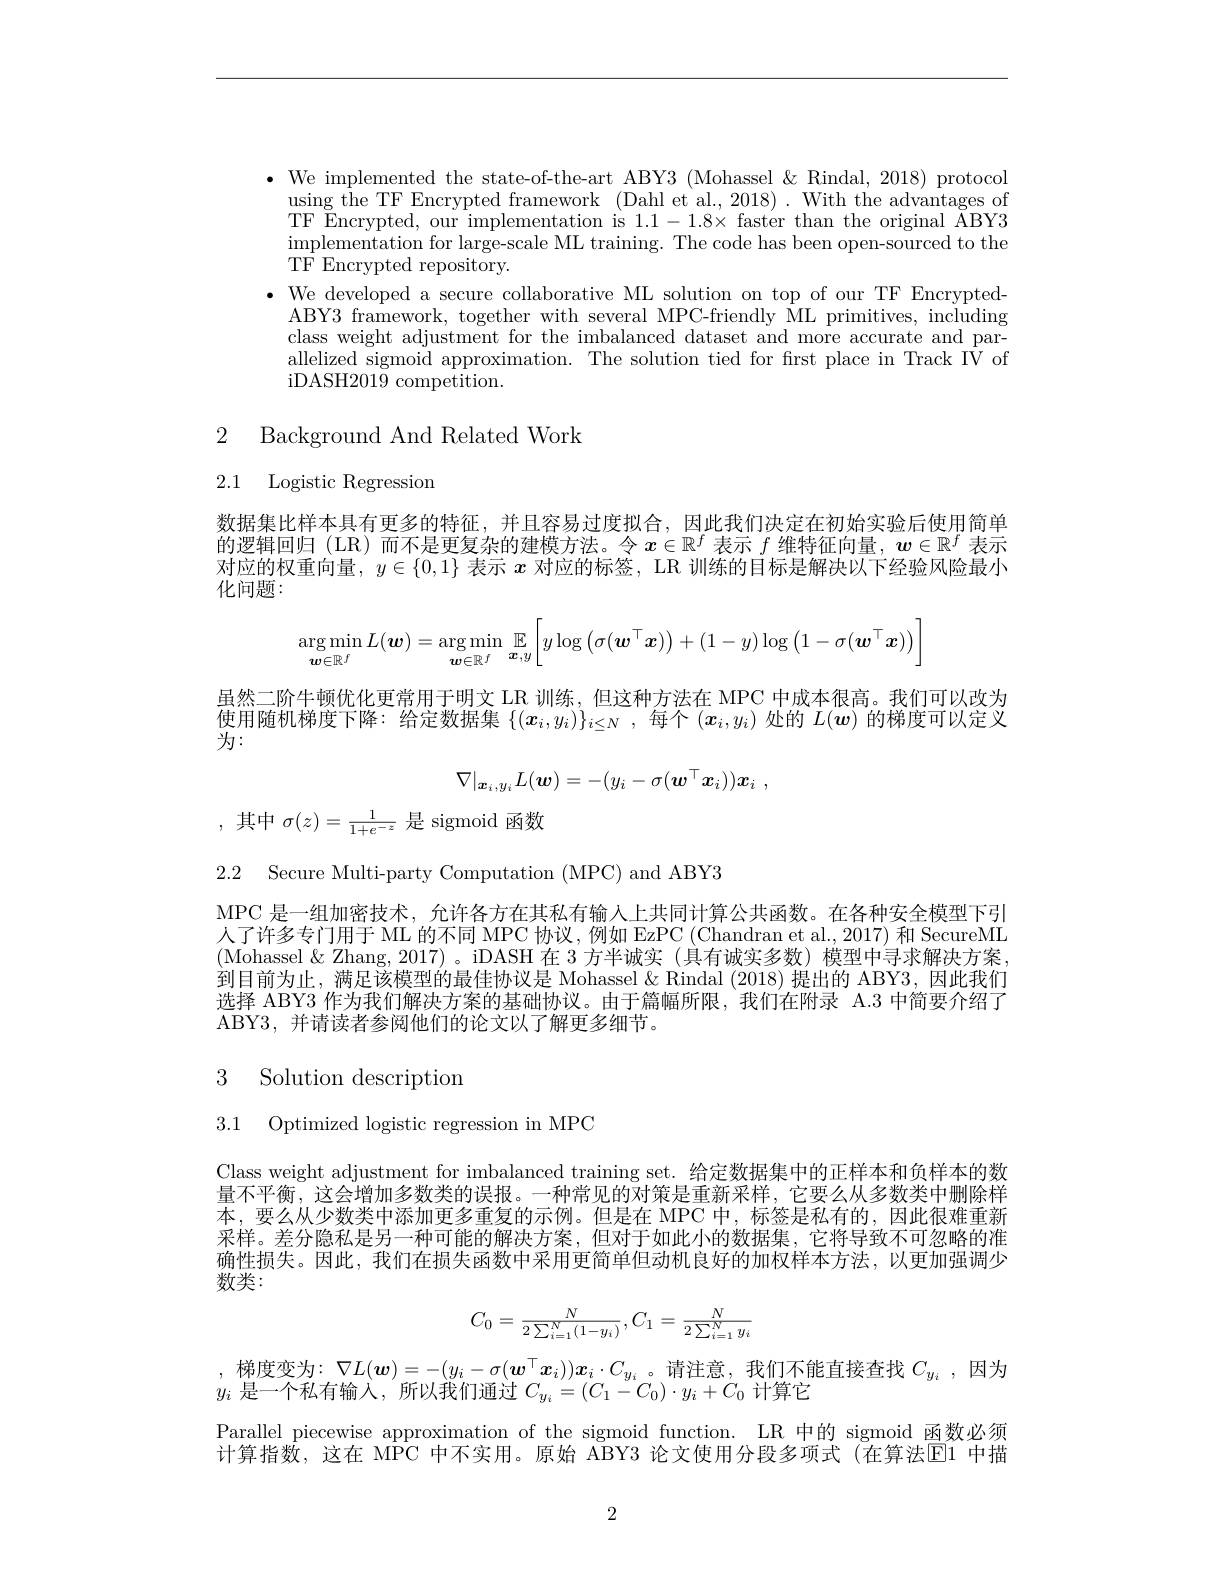
$\bullet$ We implemented the state-of-the-art ABY3 (Mohassel&Rindal,2018) protocol
using the TF Encrypted framework (Dahl et al., 2018) . With the advantages of TF Encrypted, our implementation is $1.1-1.8\times$ faster than the original ĀBY3 $\begin{array}{c}\mathrm{implementation~for~large-scale~ML~training.~The~code~has~been~open-sourced~to~the}\\\end{array}$ ${\mathrm{TF}}{\mathrm{Encrypted}}{\mathrm{repository}}.$
· We developed a secure collaborative ML solution on top of our TF Encrypted-
ABY3 framework, together with several MPC-friendly ML primitives, including class weight adjustment for the imbalanced dataset and more accurate and parallelized sigmoid approximation. The solution tied for first place in Track IV of iDASH2019 competition.

2 Background And Related Work

2.1 Logistic Regression

数据集比样本具有更多的特征，并且容易过度拟合，因此我们决定在初始实验后使用简单的逻辑回归(LR)而不是更复杂的建模方法。令$x\in\mathbb{R}^f$表示$f$维特征向量，$w\in\mathbb{R}^f$表示对应的权重向量，$y\in\{0,1\}$表示$x$对应的标签，LR 训练的目标是解决以下经验风险最小化问题：
$$\arg\min_{\boldsymbol{w}\in\mathbb{R}^J}L(\boldsymbol{w})=\arg\min_{\boldsymbol{w}\in\mathbb{R}^J}\mathbb{E}_{\boldsymbol{x},y}\bigg[y\log\big(\sigma(\boldsymbol{w}^\top\boldsymbol{x})\big)+(1-y)\log\big(1-\sigma(\boldsymbol{w}^\top\boldsymbol{x})\big)\bigg]$$
虽然二阶牛顿优化更常用于明文 LR 训练，但这种方法在 MPC 中成本很高。我们可以改为使用随机梯度下降：给定数据集$\{(x_i,y_i)\}_{i\leq N}$ ,每个$(x_i,y_i)$处的$L(\boldsymbol{w})$的梯度可以定义$\stackrel{\mathrm{w}}{\text{为：}}$
$$\nabla|_{\boldsymbol{x}_i,y_i}L(\boldsymbol{w})=-(y_i-\sigma(\boldsymbol{w}^\top\boldsymbol{x}_i))\boldsymbol{x}_i\:,$$
,其中$\sigma(z)=\frac1{1+e^{-z}}$是sigmoid 函数

2.2 Secure Multi-party Computation (MPC) and ABY3

MPC 是一组加密技术，允许各方在其私有输人上共同计算公共函数。在各种安全模型下引人了许多专门用于 ML 的不同 MPC 协议，例如 EzPC (Chandran et al., 2017) 和 SecureML (Mohassel&Zhang,2017)。iDASH 在 3 方半诚实 (具有诚实多数) 模型中寻求解决方案， 到目前为止，满足该模型的最佳协议是 Mohassel & Rindal (2018) 提出的 ABY3,因此我们选择 ABY3 作为我们解决方案的基础协议。由于篇幅所限，我们在附录 A.3 中简要介绍了ABY3, 并请读者参阅他们的论文以了解更多细节。

# 3 Solution description

3.1 Optimized logistic regression in MPC

Class weight adjustment for imbalanced training set. 给定数据集中的正样本和负样本的数量不平衡，这会增加多数类的误报。一种常见的对策是重新采样，它要么从多数类中删除样本，要么从少数类中添加更多重复的示例。但是在 MPC 中，标签是私有的，因此很难重新采样。差分隐私是另一种可能的解决方案，但对于如此小的数据集，它将导致不可忽略的准确性损失。因此，我们在损失函数中采用更简单但动机良好的加权样本方法，以更加强调少数类：
$$C_0=\frac{N}{2\sum_{i=1}^N(1-y_i)},C_1=\frac{N}{2\sum_{i=1}^Ny_i}$$
,梯度变为$:\nabla L(\boldsymbol{w})=-(y_i-\sigma(\boldsymbol{w}^\top\boldsymbol{x}_i))\boldsymbol{x}_i\cdot C_{y_i}$。请注意，我们不能直接查找 $C_y_i$ ,因为
$y_i$是一个私有输入，“所以我们通过$C_y_i=(C_1-C_0)\cdot y_i+C_0$计算它
Parallel piecewise approximation of the sigmoid function. LR 中的 sigmoid 函数必须计算指数，这在 MPC 中不实用。原始 ABY3 论文使用分段多项式(在算法$\color{red}{\mathrm{E}}$1 中描

2